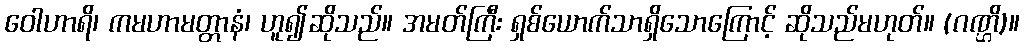
ဝေါဟာရိ၊ ကမဟာမတ္တာနံ၊ ဟူ၍ဆိုသည်။ အမတ်ကြီး ရှစ်ယောက်သာရှိသောကြောင့် ဆိုသည်မဟုတ်။ (ဂဏ္ဌိ)။